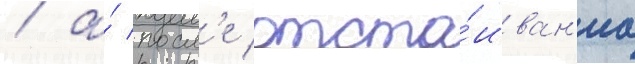
/ а́ посл'е отста́иван'иа